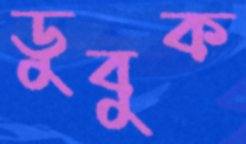
ডুবুক